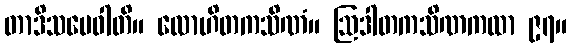
တာဒိသမေဝါတိ။ လောဟိတကသိဏံ။ ဩဒါတကသိဏကထာ ၉၇။